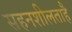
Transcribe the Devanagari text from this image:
सहनशीलताहै